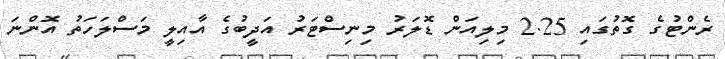
ރެންޓުގެ ގޮތުގައި 2.25 މިލިއަން ޑޮލަރު މިނިސްޓަރު އަދީބުގެ އާއިލީ މަސްލަހަތު އޮންނަ